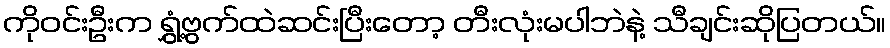
ကိုဝင်းဦးက ရွှံ့ဗွက်ထဲဆင်းပြီးတော့ တီးလုံးမပါဘဲနဲ့ သီချင်းဆိုပြတယ်။